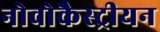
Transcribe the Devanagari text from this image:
नोवोकैस्ट्रीयन